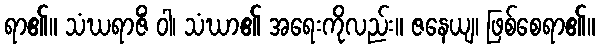
ရာ၏။ သံဃရာဇိံ ဝါ၊ သံဃာ၏ အရေးကိုလည်း။ ဇနေယျ၊ ဖြစ်စေရာ၏။